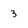
Character: 3